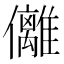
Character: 㒧